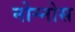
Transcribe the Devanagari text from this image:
नोन्नोस